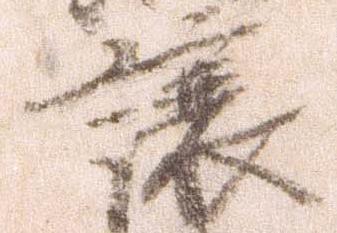
譲